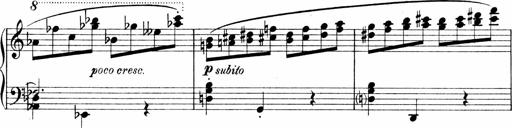
Title: Sonatina No.1
Composer: Otto Stoll
Key: C major